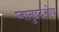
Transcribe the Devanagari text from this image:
जानुव्दओय